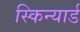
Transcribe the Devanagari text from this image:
स्किन्यार्ड